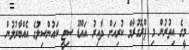
މީގެ އިތުރުން މި ޕްރޮގުރާމް ކުރިއަށް ދާއިރު އައްޑޫ ސިޓީ ކައުންސިލުގެ އެއްބާރުލުން